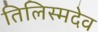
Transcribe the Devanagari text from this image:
तिलिस्मदेव